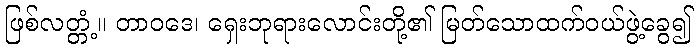
ဖြစ်လတ္တံ့။ တာဝဒေ၊ ရှေးဘုရားလောင်းတို့၏ မြတ်သောထက်ဝယ်ဖွဲ့ခွေ၍